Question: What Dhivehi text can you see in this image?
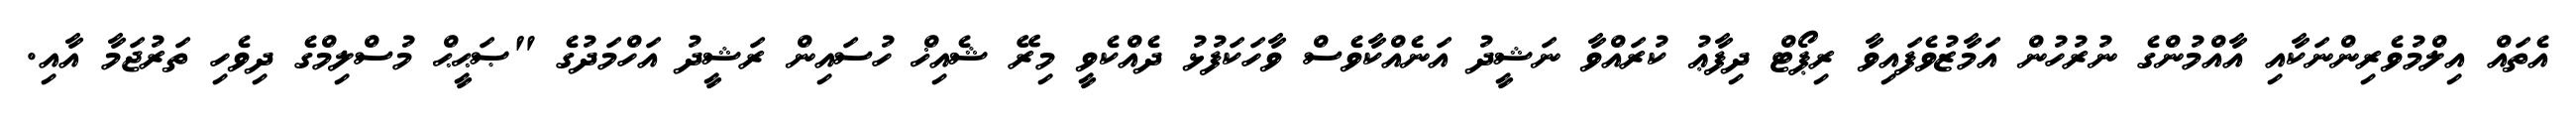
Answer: އެތައް އިލްމުވެރިންނަކާއި އާއްމުންގެ ނުރުހުން އަމާޒުވެފައިވާ ރިޕޯޓް ދިފާޢު ކުރައްވާ ނަޝީދު އަނެއްކާވެސް ވާހަކަފުޅު ދެއްކެވީ މިރޭ ޝެއިޚް ހުސައިން ރަޝީދު އަހްމަދުގެ "ޞަޙީޙް މުސްލިމްގެ ދިވެހި ތަރުޖަމާ އާއި.